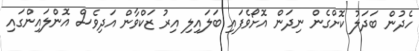
ހެދުން ބަދަލު ކޮށްގެން ނިދަން އޮށޯވެފައި ބަލައިލި އިރު ޒަކްވާން އަދިވެސް އޮންލައިންގައި